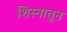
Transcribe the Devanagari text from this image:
शिस्नातून